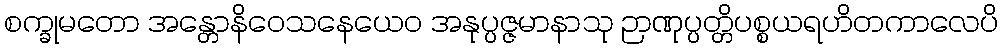
စက္ခုမတော အန္တောနိဝေသနေယေဝ အနုပ္ပဇ္ဇမာနာသု ဉာဏုပ္ပတ္တိပစ္စယရဟိတကာလေပိ